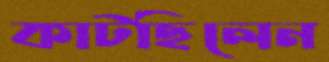
কাটছিলেন